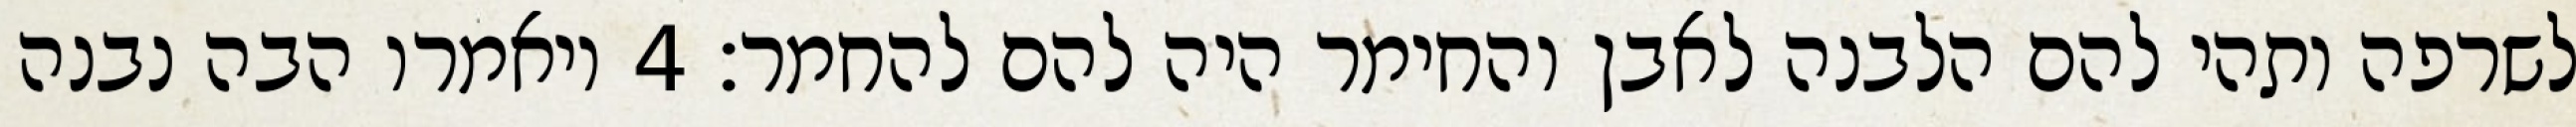
לשרפה ותהי להם הלבנה לאבן והחימר היה להם להחמר׃ ‎4‏ ויאמרו הבה נבנה